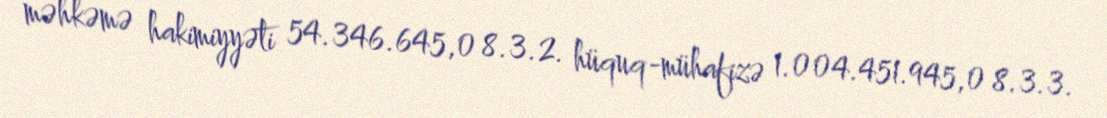
məhkəmə hakimiyyəti 54.346.645,0 8.3.2. hüquq-mühafizə 1.004.451.945,0 8.3.3.